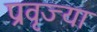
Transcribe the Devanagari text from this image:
प्रवृज्या